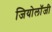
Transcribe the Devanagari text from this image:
जियोलाॅजी